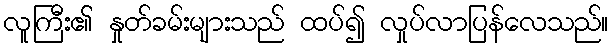
လူကြီး၏ နှုတ်ခမ်းများသည် ထပ်၍ လှုပ်လာပြန်လေသည်။